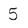
Character: 5